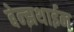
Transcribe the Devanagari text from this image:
बेन्झथाईन